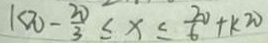
k \pi - \frac { 2 0 } { 3 } \leq x \leq \frac { 2 0 } { 6 } + k \pi